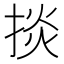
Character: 掞